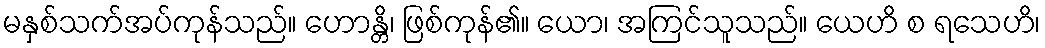
မနှစ်သက်အပ်ကုန်သည်။ ဟောန္တိ၊ ဖြစ်ကုန်၏။ ယော၊ အကြင်သူသည်။ ယေဟိ စ ရသေဟိ၊